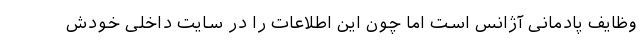
وظایف پادمانی آژانس است اما چون این اطلاعات را در سایت داخلی خودش